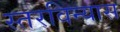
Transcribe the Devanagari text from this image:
स्तरविन्यास